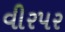
વીરપર